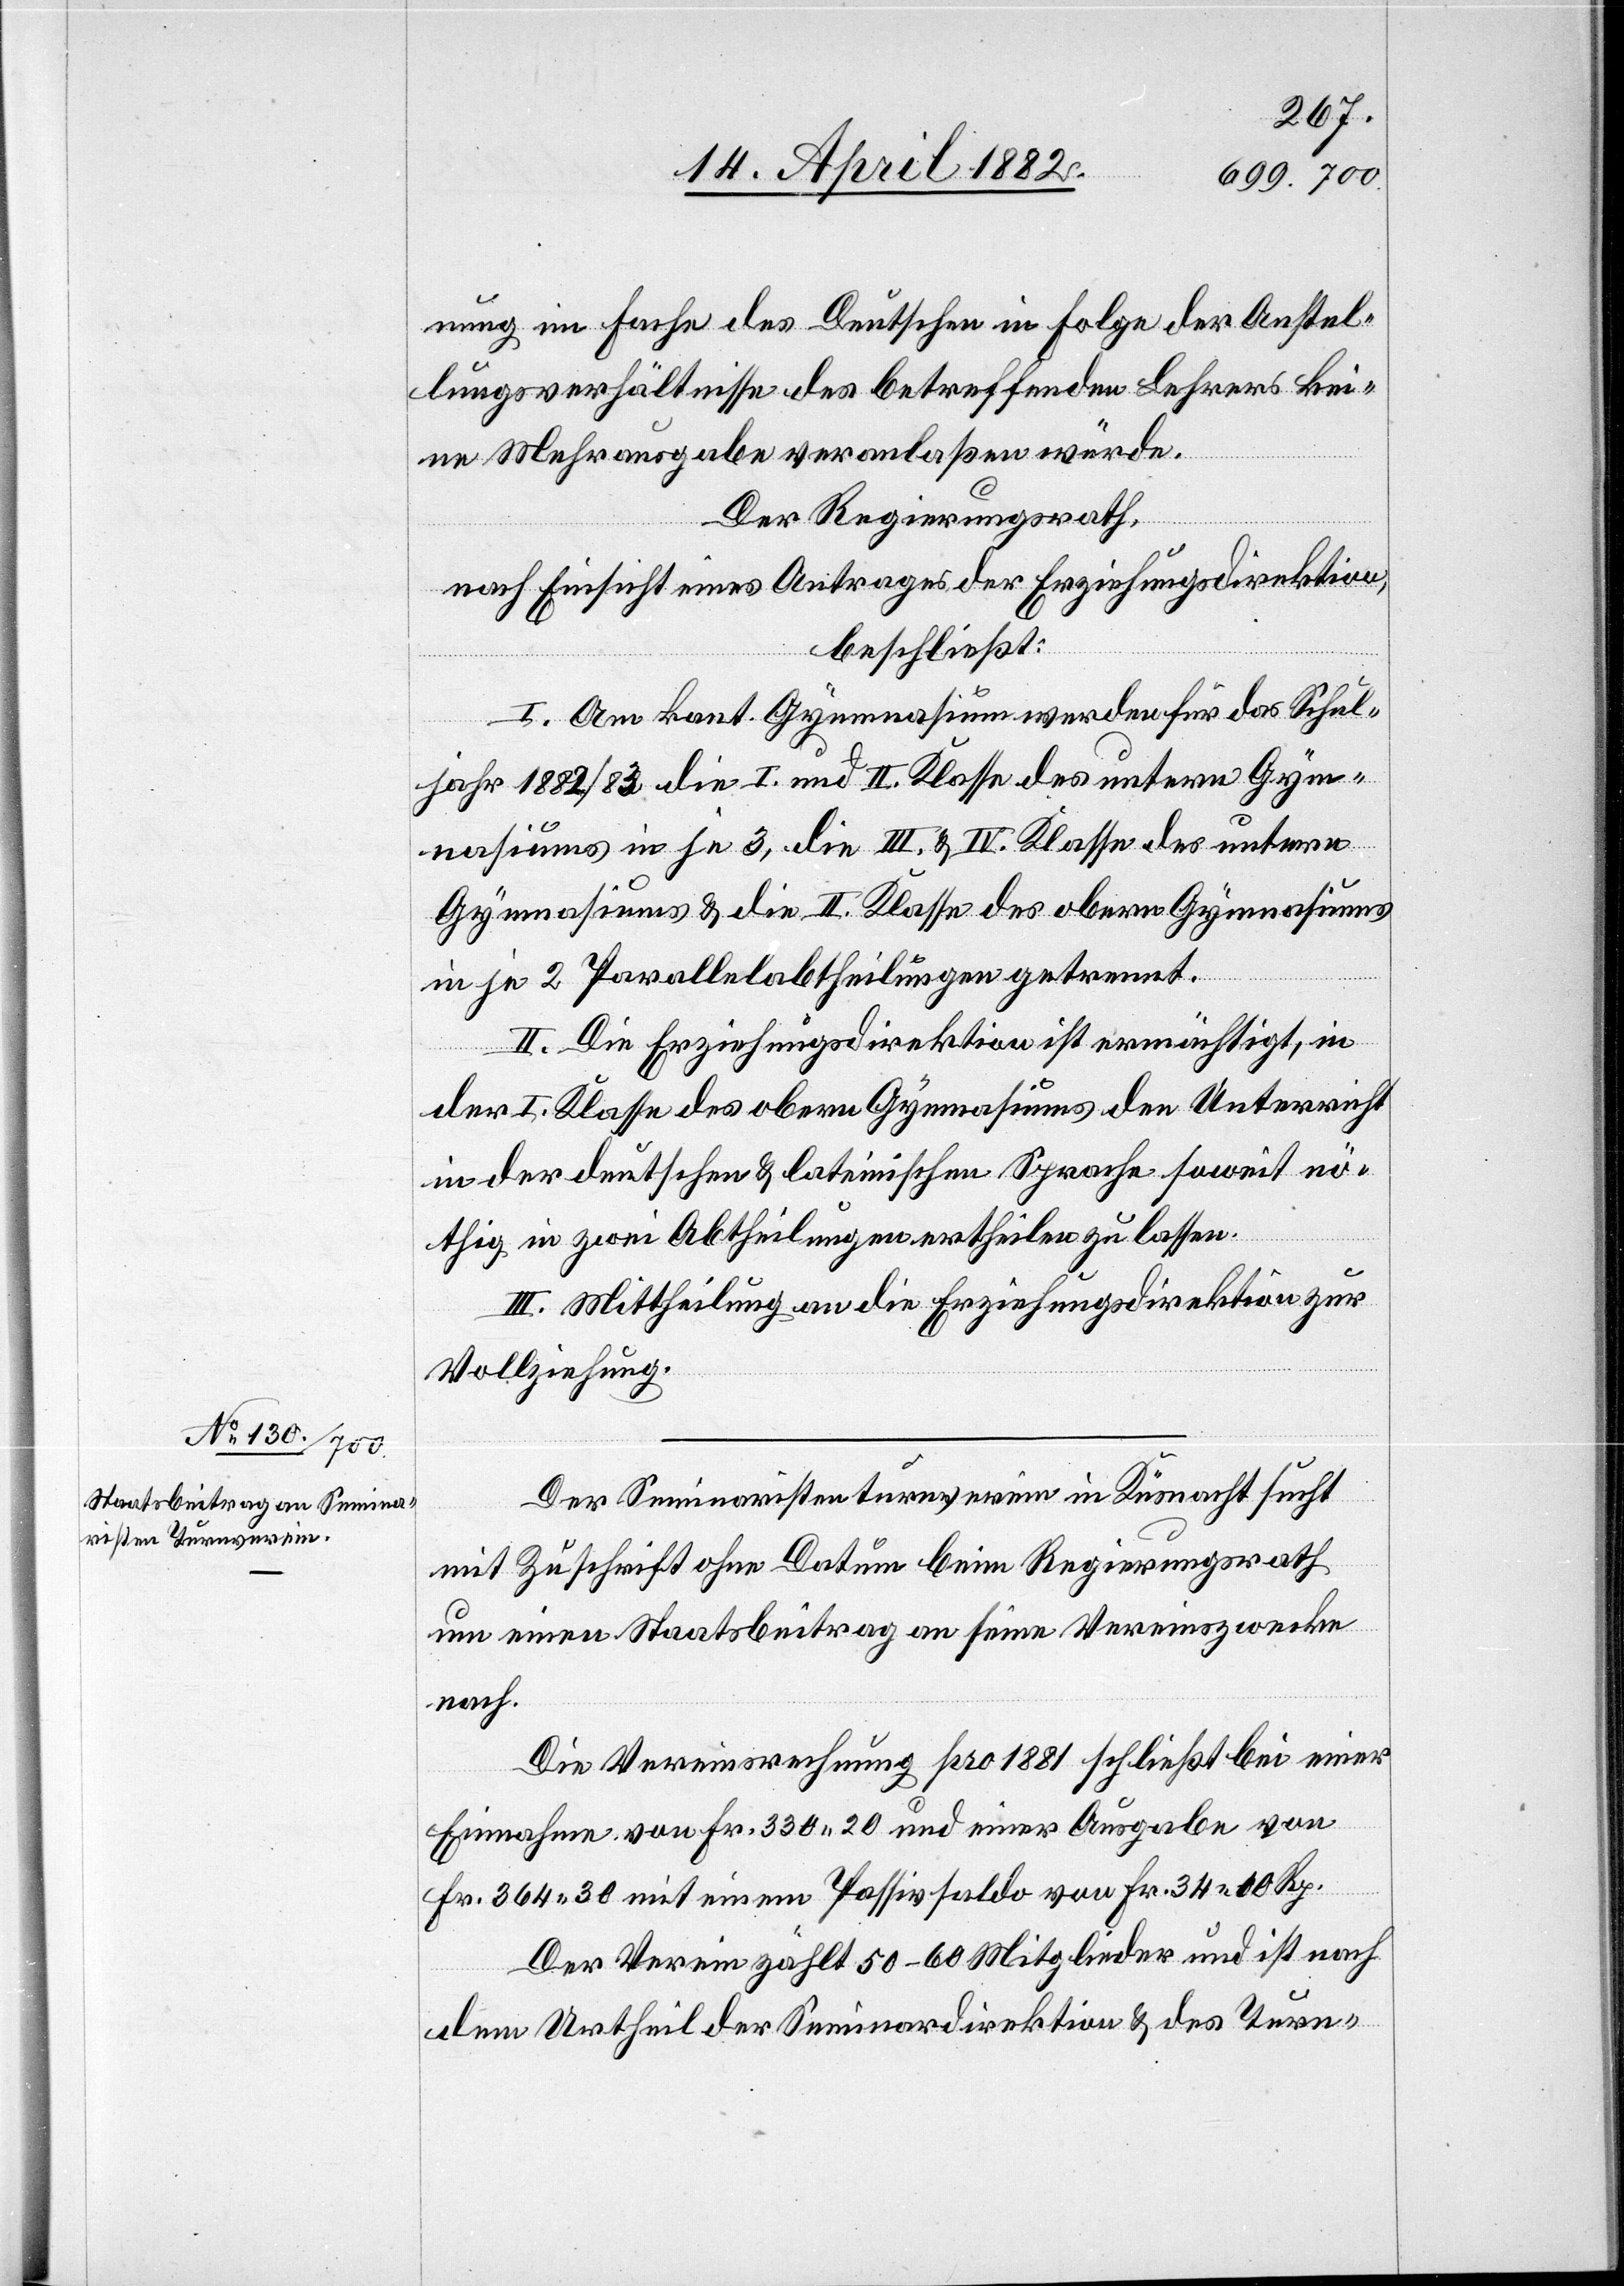
nung im Fache des Deutschen in Folge der Anstel¬
lungsverhältnisse des betreffenden Lehrers kei¬
ne Mehrausgabe veranlaßen würde.
Der Regierungsrath,
nach Einsicht eines Antrages der Erziehungsdirektion,
beschließt:
I. Am kant. Gymnasium werden für das Schul¬
jahr 1882/83 die I. und II. Klasse des untern Gym¬
nasiums in je 3, die III. & IV. Klasse des untern
Gymnasiums & die II. Klasse des obern Gymnasiums
in je 2 Parallelabtheilungen getrennt.
II. Die Erziehungsdirektion ist ermächtigt, in
der I. Klasse des obern Gymnasiums den Unterricht
in der deutschen & lateinischen Sprache soweit nö¬
thig in zwei Abtheilungen ertheilen zu lassen.
III. Mittheilung an die Erziehungsdirektion zur
Vollziehung.
Der Seminaristenturnverein in Küsnacht sucht
mit Zuschrift ohne Datum beim Regierungsrath
um einen Staatsbeitrag an seine Vereinszwecke
nach.
Die Vereinsrechnung pro 1881 schließt bei einer
Einnahme von Fr. 330 20 und einer Ausgabe von
Fr. 364 30 mit einem Passivsaldo von Fr. 34 [?1]0 Rp.
Der Verein zählt 50–60 Mitglieder und ist nach
dem Urtheil der Seminardirektion & des Turn-